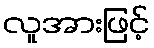
လူအားဖြင့်